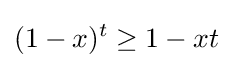
(1-x)^{t}\geq 1-xt